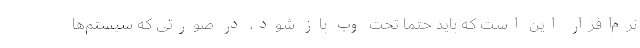
نرم‌افزار این است که باید حتما تحت وب باز شود، در صورتی که سیستم‌ها